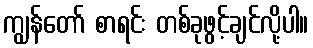
ကျွန်တော် စာရင်း တစ်ခုဖွင့်ချင်လို့ပါ။